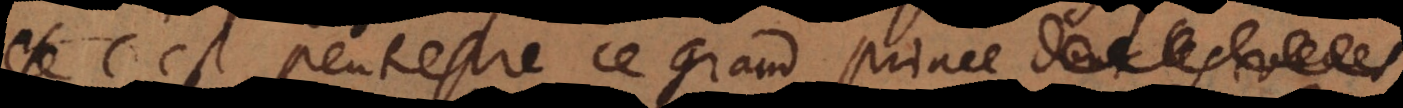
’est peutestre ce grand prince dont nostre